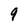
Character: 9